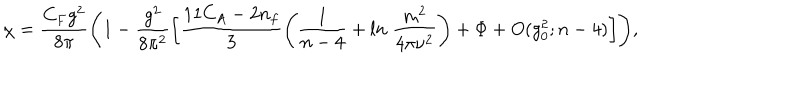
LaTeX: \chi = \frac { C _ { F } g ^ { 2 } } { 8 \pi } \Biggl ( 1 - \frac { g ^ { 2 } } { 8 \pi ^ { 2 } } \biggl [ \frac { 1 1 C _ { A } - 2 n _ { f } } { 3 } \Biggl ( \frac { 1 } { n - 4 } + l n \; \frac { m ^ { 2 } } { 4 \pi \nu ^ { 2 } } \Biggr ) + \Phi + O ( g _ { 0 } ^ { 2 } ; n - 4 ) \biggr ] \Biggr ) ,